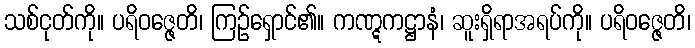
သစ်ငုတ်ကို။ ပရိဝဇ္ဇေတိ၊ ကြဉ်ရှောင်၏။ ကဏ္ဋကဋ္ဌာနံ၊ ဆူးရှိရာအရပ်ကို။ ပရိဝဇ္ဇေတိ၊